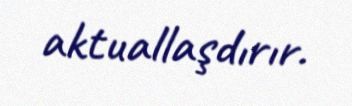
aktuallaşdırır.